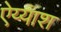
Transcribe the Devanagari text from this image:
ऐय्याश